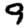
Digit: 9